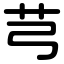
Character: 芎